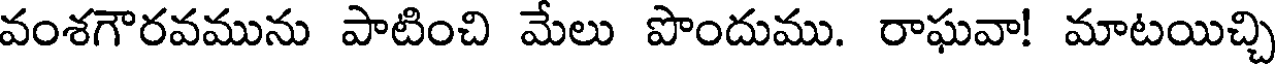
వంశగౌరవమును పాటించి మేలు పొందుము. రాఘవా! మాటయిచ్చి